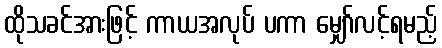
ထိုသခင်အားဖြင့် ကာယအလုပ် ပကာ မျှော်လင့်ရမည့်